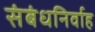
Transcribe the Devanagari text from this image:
संबंधनिर्वाह